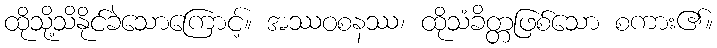
ထိုသို့သိနိုင်ခဲသောကြောင့်။ အဿဝစနဿ၊ ထိုသံခိတ္တဖြစ်သော စကား၏။